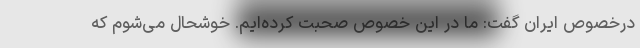
درخصوص ایران گفت: ما در این خصوص صحبت کرده‌ایم. خوشحال می‌شوم که